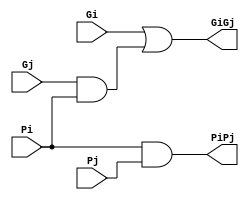
module BLACK_NODE (
    Gi, Gj, Pi, Pj,
    GiGj, PiPj
);
    input Gi, Gj, Pi, Pj;
    output GiGj, PiPj;
    
    assign GiGj = Gi | (Gj & Pi);
    assign PiPj = Pi & Pj;

endmodule